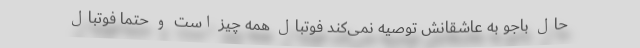
حال باجو به عاشقانش توصیه نمی‌کند فوتبال همه چیز است و حتما فوتبال